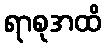
ရာစုအထိ